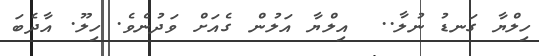
ހިލްޔާ ގަނޑު ނުލާ..  އިލްޔާ އަލުން ގެއަށް ވަދުނެވެ. ހިލޫ. އާދެބަ